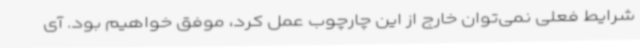
شرایط فعلی نمی‌توان خارج از این چارچوب عمل کرد، موفق خواهیم بود. آی